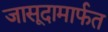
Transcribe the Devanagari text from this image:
जासूदामार्फत